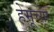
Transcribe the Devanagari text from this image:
हेमूच्या